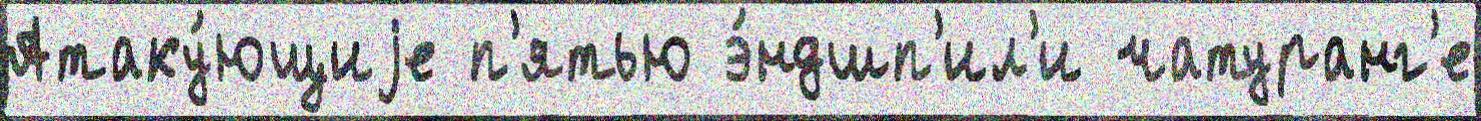
Атаку́ющиjе п'ятью э́ндшп'ил'и чатуранг'е